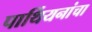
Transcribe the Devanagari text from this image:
पार्थियनांचा